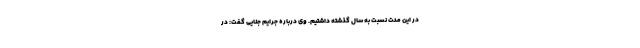
در این مدت نسبت به سال گذشته داشتیم. وی درباره جرایم جنایی گفت: در